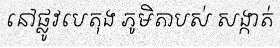
នៅផ្លូវបេតុង ភូមិតាបស់ សង្កាត់